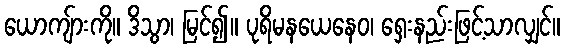
ယောကျ်ားကို။ ဒိသွာ၊ မြင်၍။ ပုရိမနယေနေဝ၊ ရှေးနည်းဖြင့်သာလျှင်။